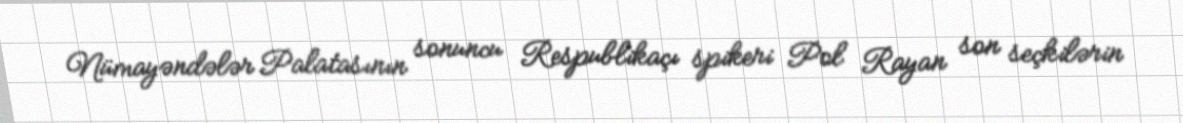
Nümayəndələr Palatasının sonuncu Respublikaçı spikeri Pol Rayan son seçkilərin